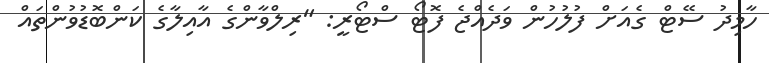
ހާމިދު ސޭޓް ގެއަށް ފުލުހުން ވަދެއްޖެ ފޮޓޯ ސްޓޯރީ: "ރިލްވާންގެ އާއިލާގެ ކަންބޮޑުވުންތައް